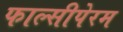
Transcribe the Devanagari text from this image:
फाल्सीपेरम